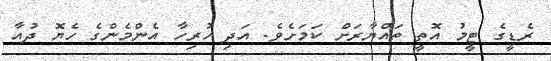
ރެޑީގެ ޓީމު އޮތީ ތައްޔާރަށް ކަމަށެވެ. އަދި ހުރިހާ އެންމެންގެ ހެޔޮ ދުއާ